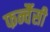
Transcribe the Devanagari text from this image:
फर्न्चैसी